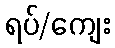
ရပ်/ကျေး